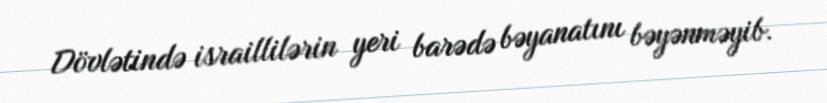
Dövlətində israillilərin yeri barədə bəyanatını bəyənməyib.